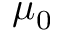
\mu _ { 0 }